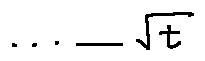
\cdots - \sqrt { t }